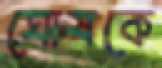
ঘোষকে